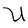
Character: U